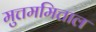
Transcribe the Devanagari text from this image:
मुत्तममित्ताल